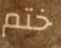
ختم